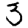
Digit: 3